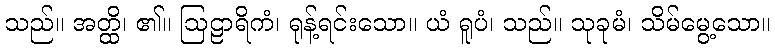
သည်။ အတ္ထိ၊ ၏။ ဩဠာရိကံ၊ ရုန့်ရင်းသော။ ယံ ရူပံ၊ သည်။ သုခုမံ၊ သိမ်မွေ့သော။